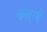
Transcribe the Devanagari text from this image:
कलरवें